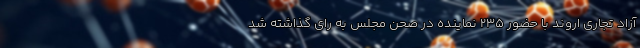
آزاد تجاری اروند با حضور ۲۳۵ نماینده در صحن مجلس به رای گذاشته شد